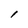
Character: 1